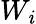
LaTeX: W_{\mathit{i}}